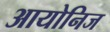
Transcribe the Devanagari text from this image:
आयोनिज